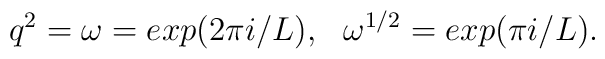
q^2=\omega=exp(2\pi i/L), ~~\omega^{1/2}=exp(\pi i/L).